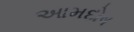
આમદોષ